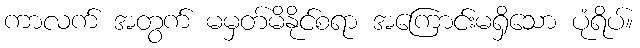
ကာလက် အတွက် မမှတ်မိနိုင်စရာ အကြောင်းမရှိသော ပုံရိပ်။